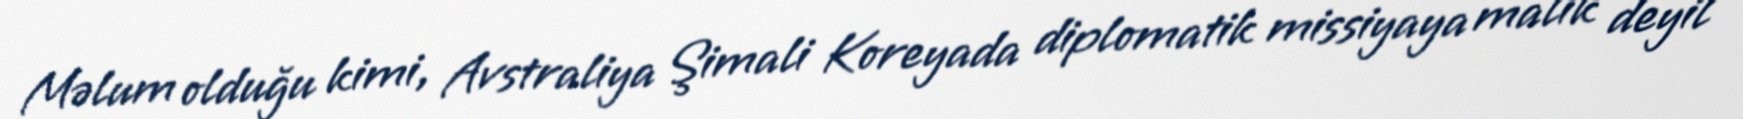
Məlum olduğu kimi, Avstraliya Şimali Koreyada diplomatik missiyaya malik deyil